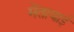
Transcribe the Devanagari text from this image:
मेंतावाई